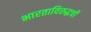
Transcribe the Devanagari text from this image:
भारताविरुद्धची